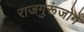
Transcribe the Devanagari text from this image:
राजगुरूंजोगे